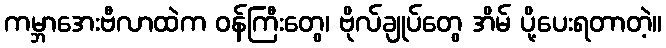
ကမ္ဘာအေးဗီလာထဲက ဝန်ကြီးတွေ၊ ဗိုလ်ချုပ်တွေ အိမ် ပို့ပေးရတာတဲ့။